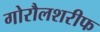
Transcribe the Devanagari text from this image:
गोरौलशरीफ